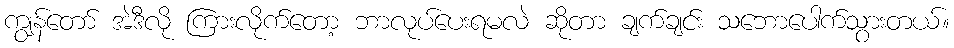
ကျွန်တော် အဲဒီလို ကြားလိုက်တော့ ဘာလုပ်ပေးရမလဲ ဆိုတာ ချက်ချင်း သဘောပေါက်သွားတယ်။